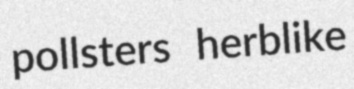
pollsters herblike